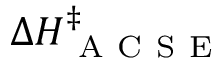
\Delta H _ { \mathrm { ~ A ~ C ~ S ~ E ~ } } ^ { \ddagger }